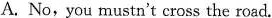
A. No, you mustn't cross the road.